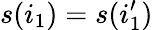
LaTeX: s(i_{1})=s(i_{1}^{\prime})